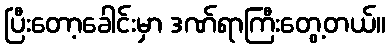
ပြီးတော့ခေါင်းမှာ ဒဏ်ရာကြီးတွေ့တယ်။